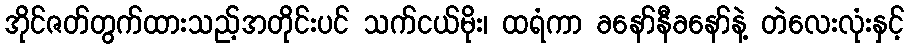
အိုင်ဇတ်တွက်ထားသည့်အတိုင်းပင် သက်ငယ်မိုး၊ ထရံကာ ခနော်နီခနော်နဲ့ တဲလေးလုံးနှင့်